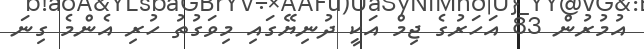
އުމުރުން 83 އަހަރުގެ ޖިމް އަކީ ދުނިޔޭގައި މިވަގުތު ހުރި އެންމެ ގިނަ